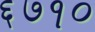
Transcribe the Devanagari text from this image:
६७१०